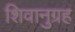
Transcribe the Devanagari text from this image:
शिवानुग्रह